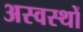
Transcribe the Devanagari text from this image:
अस्वस्थों